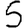
Digit: 5